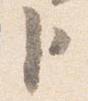
臣